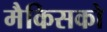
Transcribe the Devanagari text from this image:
मैकिसको